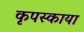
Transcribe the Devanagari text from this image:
कृपस्काया